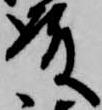
殿